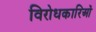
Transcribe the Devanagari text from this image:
विरोधकारिओं